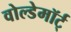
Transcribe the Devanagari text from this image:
वोल्डेमॉर्ट्